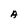
Character: A